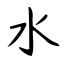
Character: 水